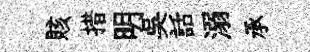
賅措明吴話溺承